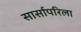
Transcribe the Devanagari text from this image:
सार्सापरिला